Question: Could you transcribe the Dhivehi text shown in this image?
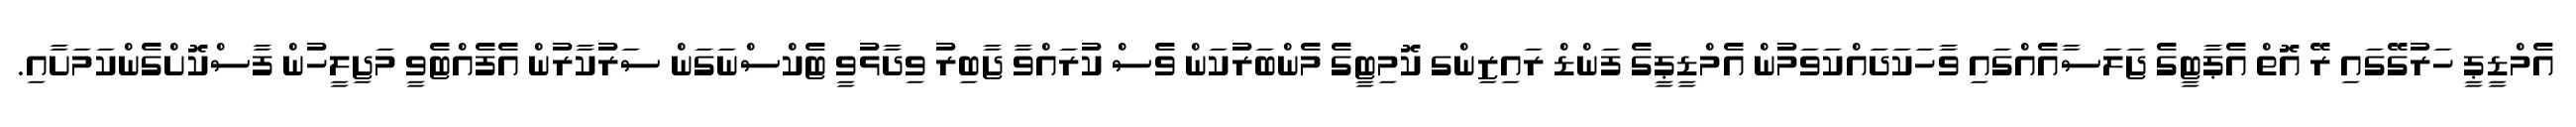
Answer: އެމްޑީޕީ ހަރުގޭގައި ރޭ އޮތް އެޕާޓީގެ ޖަލަސާއެއްގައި ވާހަކަދައްކަވަމުން އެމްޑީޕީގެ ފަންޑް ރައިޒިންގ ކޮމިޓީގެ މެންބަރުކަން ވެސް ކުރައްވާ ޖާބިރު ވިދާޅުވީ ޓެކްސްނަގަން ސަރުކާރުން އެފެއްޓެވީ މަޖިލީހުން ފާސްކޮށްގެންކަމަށާއި.